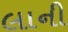
લાની